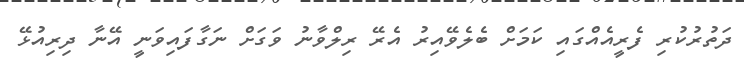
ދަތުރުކުރި ފެރީއެއްގައި ކަމަށް ބެލެވޭއިރު އެރޭ ރިލްވާނު ވަގަށް ނަގާފައިވަނީ އޭނާ ދިރިއުޅޭ